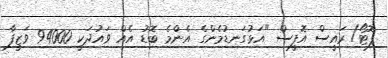
ފޮޓޯ/ ރައީސް އޮފީސް "އަޅުގަނޑުމެންގެ އެންމެ ބޮޑު އެއް ވައުދަކީ 94000 ވަޒީފާ